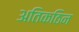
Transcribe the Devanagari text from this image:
अतिकठिन